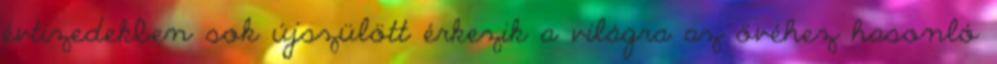
évtizedekben sok újszülött érkezik a világra az övéhez hasonló